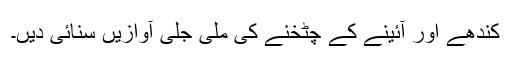
کندھے اور آئینے کے چٹخنے کی ملی جلی آوازیں سنائی دیں۔